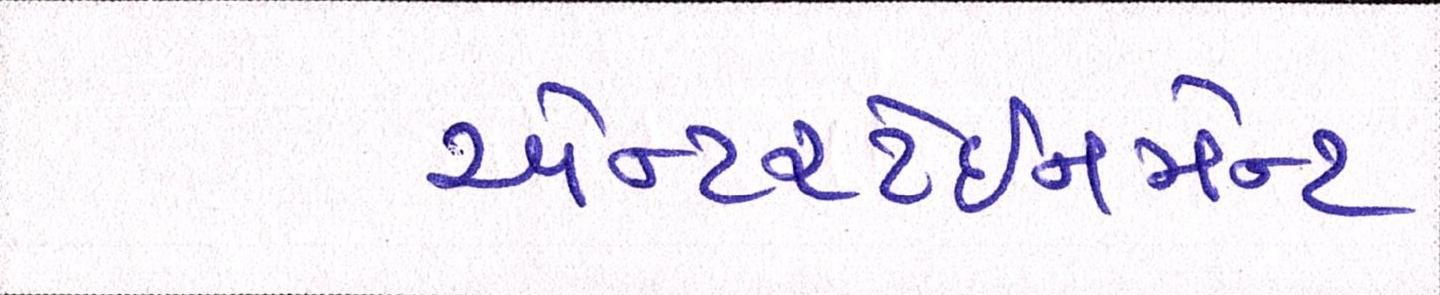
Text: એન્ટરટેઈનમેન્ટ